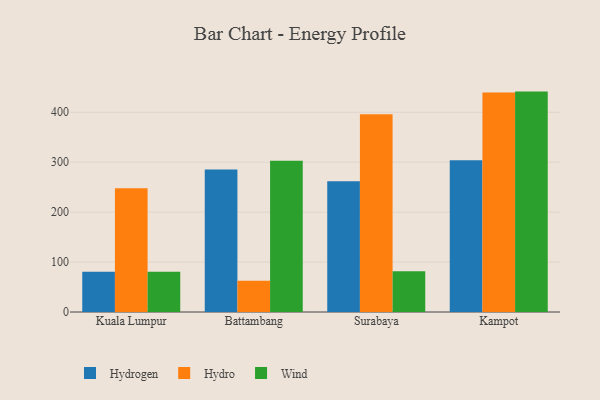
{"axis": {"x": "City", "y": "Customer Acquisition Cost (USD)"}, "legend": ["Hydro", "Hydrogen", "Wind"], "data": [{"x": "Kuala Lumpur", "y": 80.4, "type": "Hydrogen"}, {"x": "Kuala Lumpur", "y": 247.8, "type": "Hydro"}, {"x": "Kuala Lumpur", "y": 80.7, "type": "Wind"}, {"x": "Battambang", "y": 285.3, "type": "Hydrogen"}, {"x": "Battambang", "y": 62.7, "type": "Hydro"}, {"x": "Battambang", "y": 303.0, "type": "Wind"}, {"x": "Surabaya", "y": 261.8, "type": "Hydrogen"}, {"x": "Surabaya", "y": 396.0, "type": "Hydro"}, {"x": "Surabaya", "y": 81.5, "type": "Wind"}, {"x": "Kampot", "y": 303.6, "type": "Hydrogen"}, {"x": "Kampot", "y": 439.5, "type": "Hydro"}, {"x": "Kampot", "y": 441.3, "type": "Wind"}]}